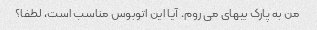
من به پارک بیهای می روم. آیا این اتوبوس مناسب است، لطفا؟